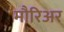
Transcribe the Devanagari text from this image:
मौरिअर